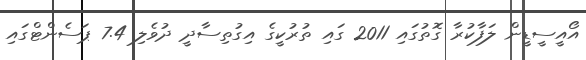
އޯއީސީޑީން ލަފާކުރާ ގޮތުގައި 2011 ގައި ތުރުކީގެ އިގުތިސާދީ ދުވެލި 7.4 ޕަސެންޓްގައި